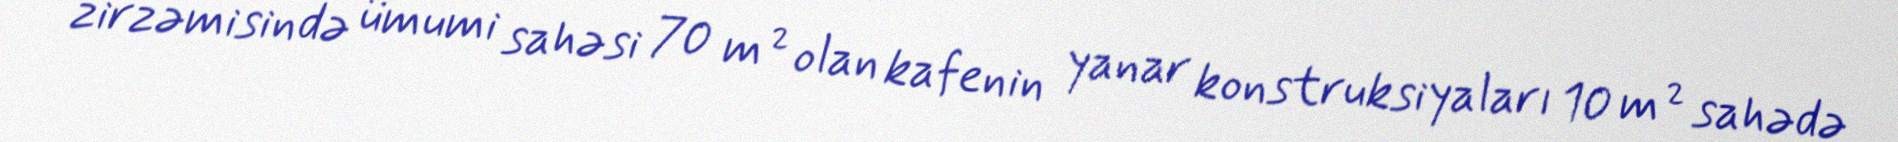
zirzəmisində ümumi sahəsi 70 m² olan kafenin yanar konstruksiyaları 10 m² sahədə